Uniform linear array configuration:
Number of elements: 4
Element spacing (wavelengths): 0.5
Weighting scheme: uniform
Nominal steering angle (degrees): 15
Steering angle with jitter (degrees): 14.507
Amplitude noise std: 0.05
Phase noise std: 0.05

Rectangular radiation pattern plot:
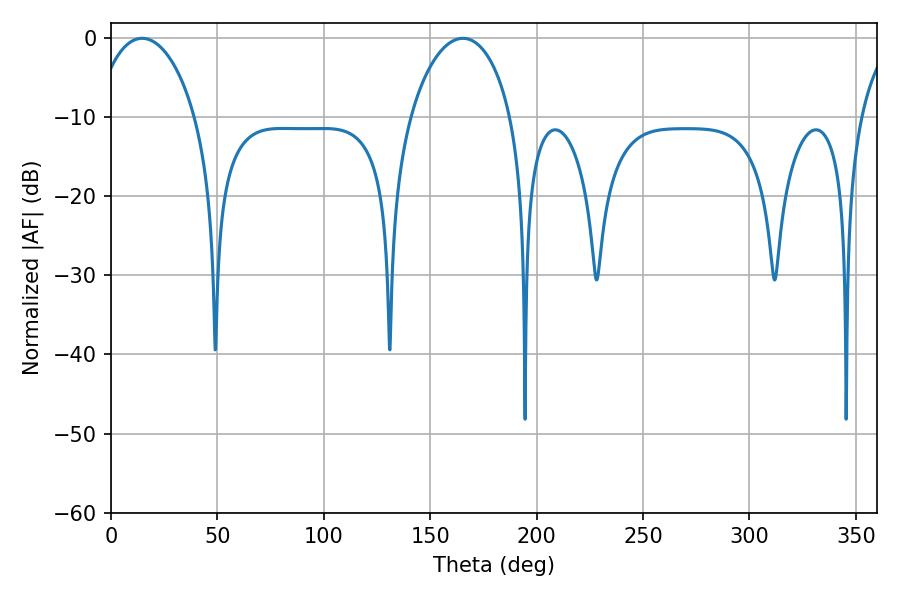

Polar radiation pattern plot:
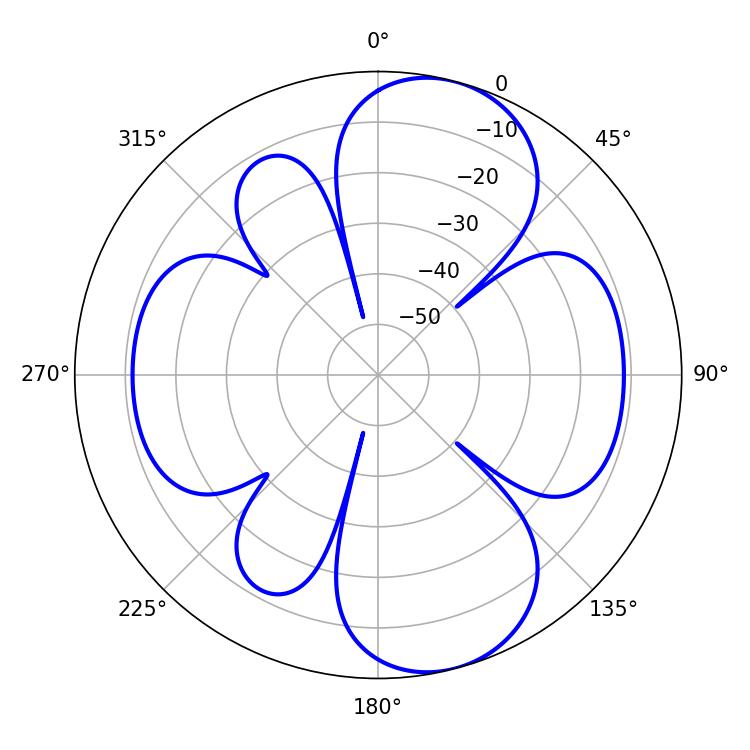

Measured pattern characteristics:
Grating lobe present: FALSE
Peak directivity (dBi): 9.192
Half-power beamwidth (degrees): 27.18
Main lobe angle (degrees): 14.58